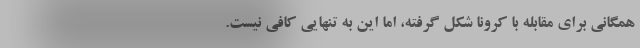
همگانی برای مقابله با کرونا شکل گرفته، اما این به تنهایی کافی نیست.